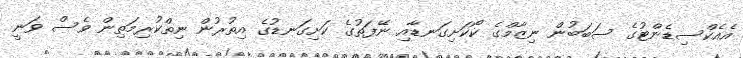
އެއެކްސިޑެންޓުގެ ސަބަބުން ނިޒާމްގެ ކޯކަށިގަނޑާއި ނޭފަތުގެ ކަށިގަނޑުގެ އިތުރުން ނިތްކުރިމަތިން ވެސް ވަނީ